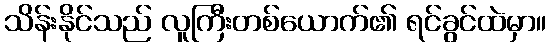
သိန်းနိုင်သည် လူကြီးတစ်ယောက်၏ ရင်ခွင်ထဲမှာ။